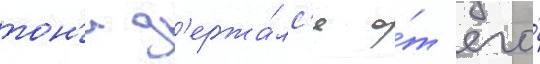
тон'и д'ержа́лс'я о́т его́